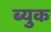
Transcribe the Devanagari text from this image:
ब्युक